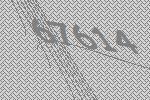
67614